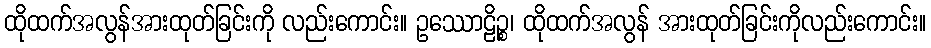
ထိုထက်အလွန်အားထုတ်ခြင်းကို လည်းကောင်း။ ဥဿောဠိဉ္စ၊ ထိုထက်အလွန် အားထုတ်ခြင်းကိုလည်းကောင်း။